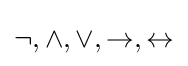
\lnot ,\land ,\lor ,\to ,\leftrightarrow